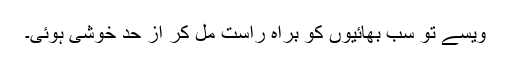
ویسے تو سب بھائیوں کو براہ راست مل کر از حد خوشی ہوئی۔